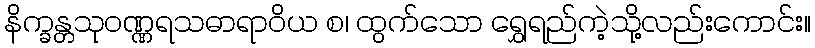
နိက္ခန္တသုဝဏ္ဏရသဓာရာဝိယ စ၊ ထွက်သော ရွှေရည်ကဲ့သို့လည်းကောင်း။